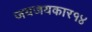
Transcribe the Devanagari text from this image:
जयजयकार१४